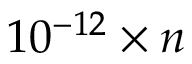
1 0 ^ { - 1 2 } \times n